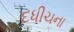
દધીચના